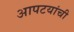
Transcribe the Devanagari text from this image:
आपटयांची